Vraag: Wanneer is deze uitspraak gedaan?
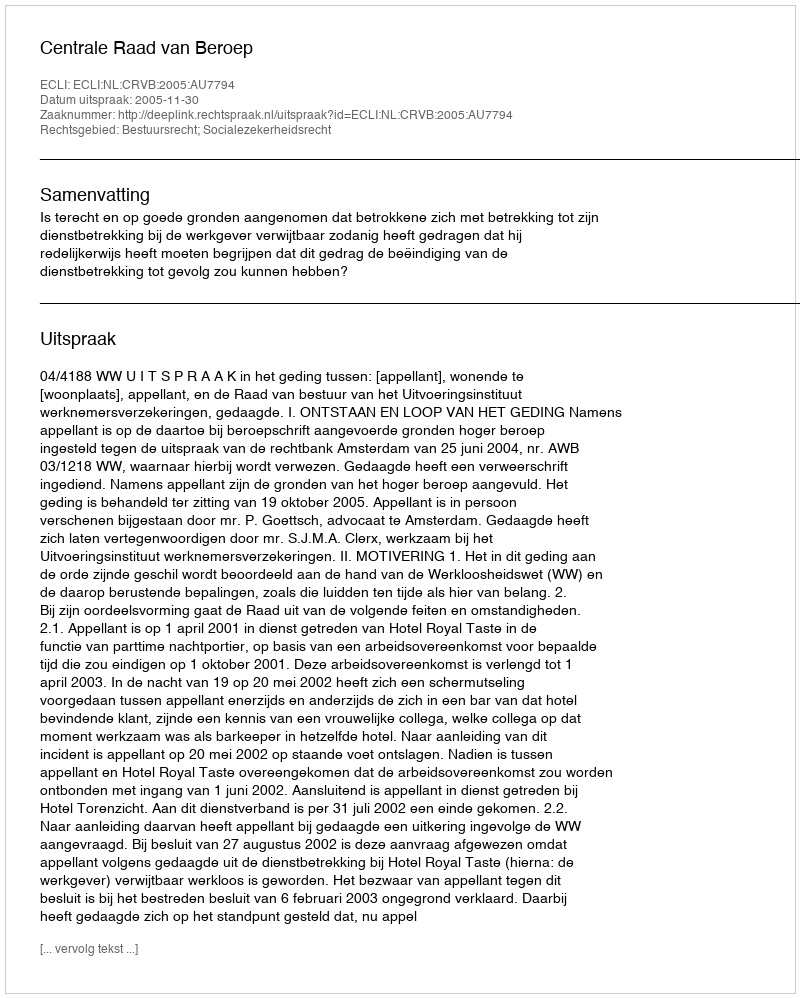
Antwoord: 2005-11-30